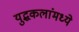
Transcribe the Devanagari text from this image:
युद्धकलांमध्ये